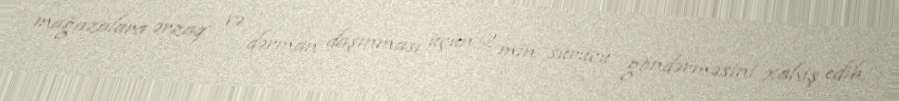
mağazalara ərzaq və dərman daşınması üçün 2 min sürücü göndərməsini xahiş edib.